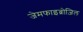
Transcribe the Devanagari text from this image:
जेमफाइब्रोज़िल